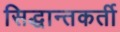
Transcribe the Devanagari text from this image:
सिद्धान्तकर्ती